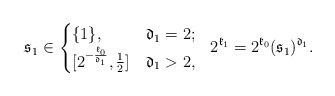
LaTeX: \begin{align*} \mathfrak{s}_1\in \begin{cases} \{1\}, & \mathfrak{d}_1=2;\\ [2^{-\frac{\mathfrak{k}_0}{\mathfrak{d}_1}} , \frac{1}{2}] & \mathfrak{d}_1>2, \end{cases} \ \ 2^{\mathfrak{k}_1}=2^{\mathfrak{k}_0} (\mathfrak{s}_1)^{\mathfrak{d}_1}.\end{align*}